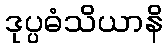
ဒုပ္ပဓံသိယာနိ